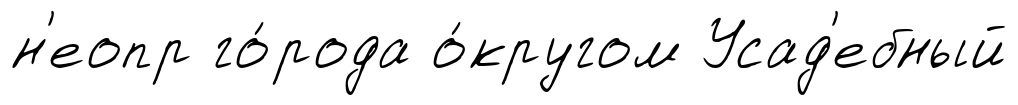
н'еопр го́рода о́кругом Усад'ебный